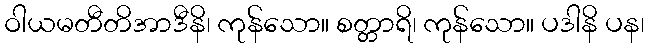
ဝါယမတီတိအာဒီနိ၊ ကုန်သော။ စတ္တာရိ၊ ကုန်သော။ ပဒါနိ ပန၊